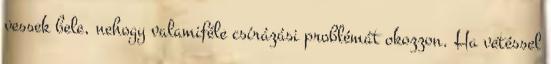
vessek bele, nehogy valamiféle csírázási problémát okozzon. Ha vetéssel